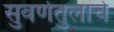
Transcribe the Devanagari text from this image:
सुवर्णतुलाचे